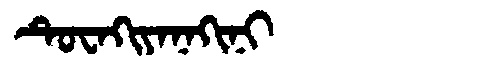
Manchu: ᡨᡠᠸᠠᡴᡳᠶᠠᠨᠠᡴᡳᠨᡳ
Romanization: TUWAKIYANAKINI